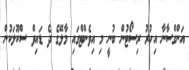
އަންގްސާނާ އިހުރު ރިސޯޓުން ބުނީ މި އިވެންޓްގައި މާލޭގެ ދެ ޑައިވް ސްކޫލަކުން